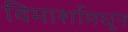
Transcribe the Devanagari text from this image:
विमार्शामधून